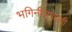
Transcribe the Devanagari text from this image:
भगिनीभावाची